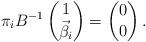
LaTeX: \begin{align*}\pi_i B^{-1}\begin{pmatrix}1 \\ \vec\beta_{i}\end{pmatrix}=\begin{pmatrix}0\\ 0\end{pmatrix}.\end{align*}